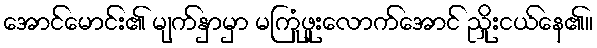
အောင်မောင်း၏ မျက်နှာမှာ မကြုံဖူးလောက်အောင် ညှိုးငယ်နေ၏။